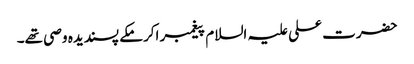
حضرت علی علیہ السلام پیغمبر اکرمکے پسندیدہ وصی تھے۔